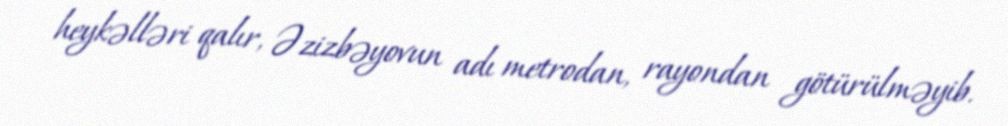
heykəlləri qalır, Əzizbəyovun adı metrodan, rayondan götürülməyib.